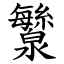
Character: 㶗